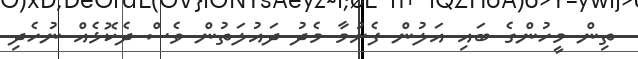
ތިން މީހުންގެ ބައި އަލުން ފެށުމާ މެދު ދައުލަތުން ވެސް ދެކޮޅެއް ނުހެދި